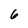
Character: 6